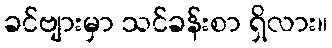
ခင်ဗျားမှာ သင်ခန်းစာ ရှိလား။